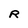
Character: R